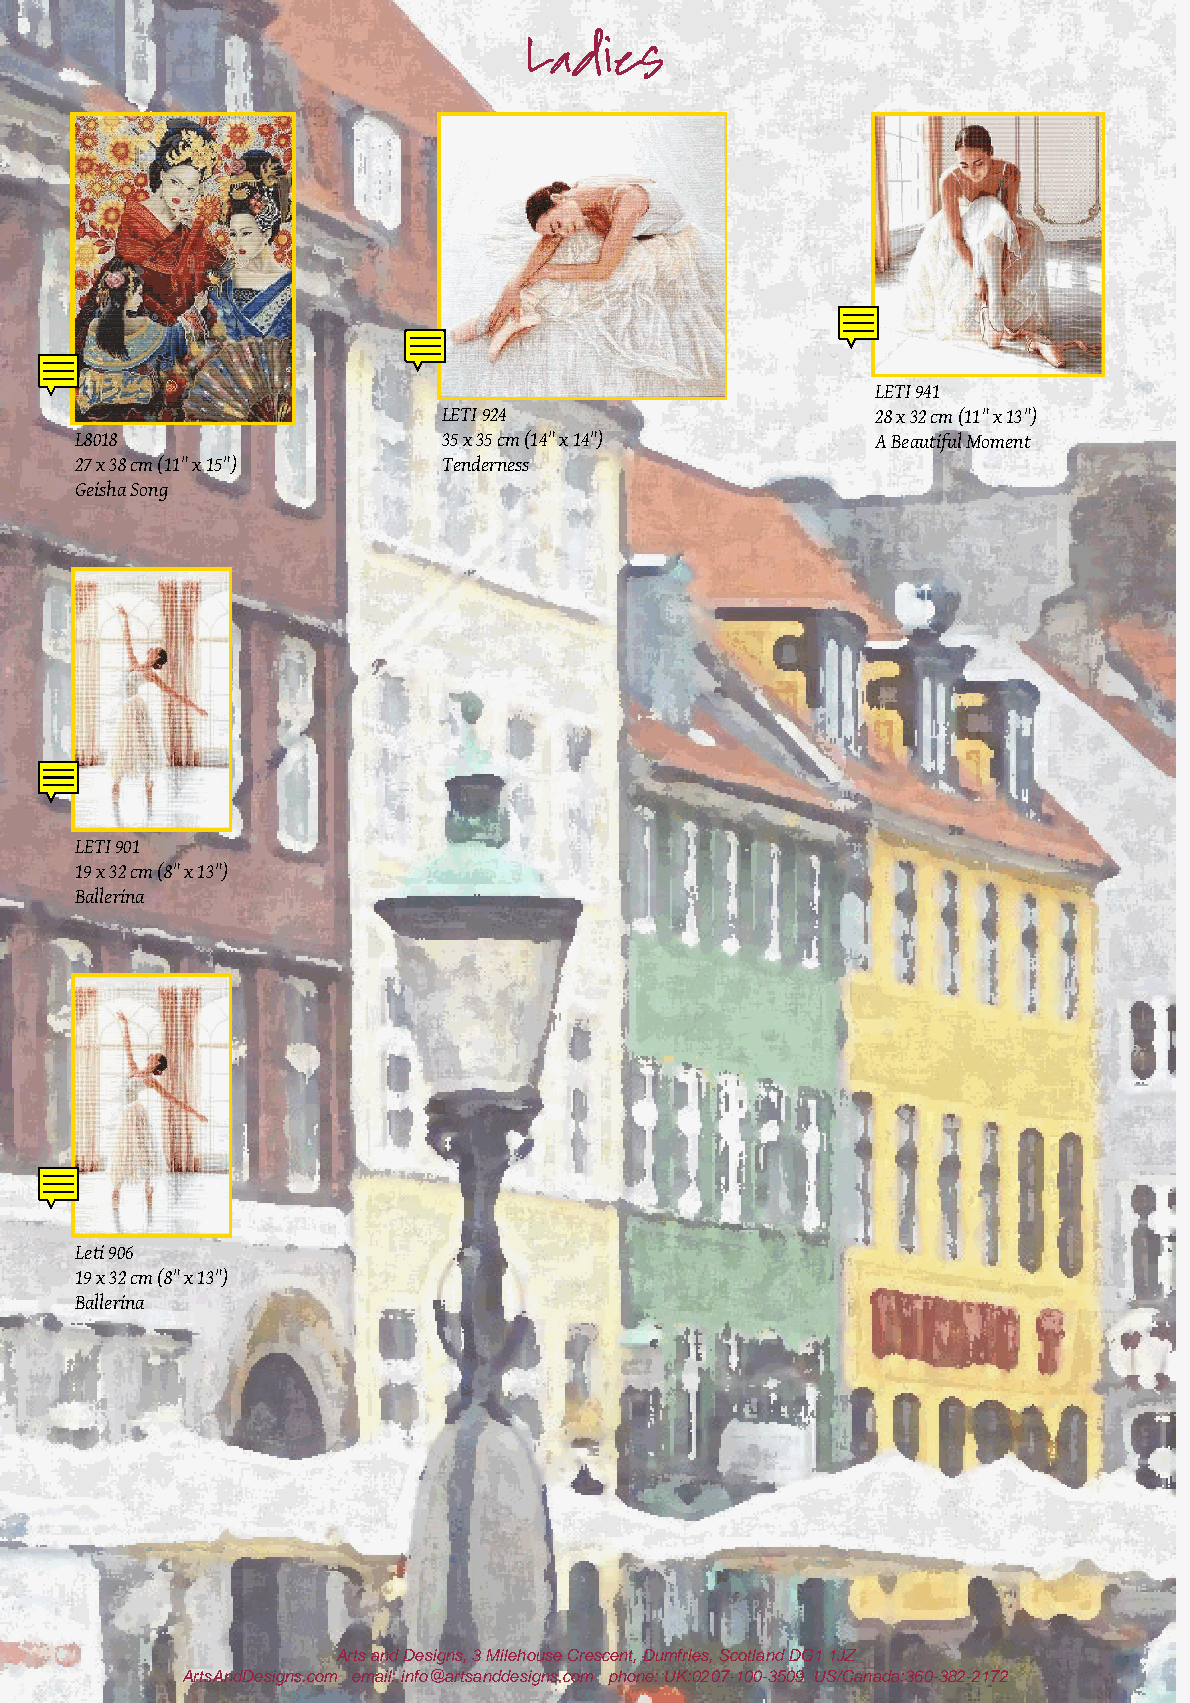
Ladies
 LETI 941
 LETI 924                     28 x 32 cm (11" x 13")
 L8018                   35 x 35 cm (14" x 14")       A Beautiful Moment
 27 x 38 cm (11" x 15")  Tenderness
 Geisha Song
 LETI 901
 19 x 32 cm (8" x 13")
 Ballerina
 Leti 906
 19 x 32 cm (8" x 13")
 Ballerina
 Arts and Designs, 3 Milehouse Crescent, Dumfries, Scotland DG1 1JZ
 ArtsAndDesigns.com email: info@artsanddesigns.com phone: UK:0207-100-3509 US/Canada:360-382-2172